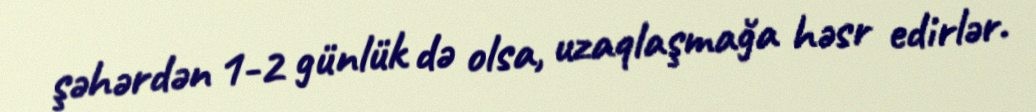
şəhərdən 1-2 günlük də olsa, uzaqlaşmağa həsr edirlər.